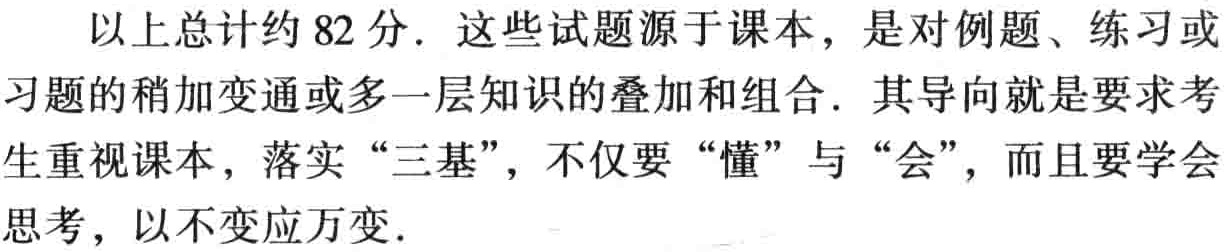
以上总计约 82 分. 这些试题源于课本，是对例题、练习或习题的稍加变通或多一层知识的叠加和组合. 其导向就是要求考生重视课本，落实 “三基”，不仅要 “懂” 与 “会”，而且要学会思考，以不变应万变.